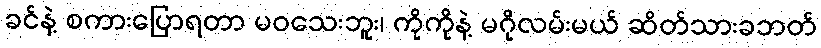
ခင်နဲ့ စကားပြောရတာ မဝသေးဘူး၊ ကိုကိုနဲ့ မဂိုလမ်းမယ် ဆိတ်သားခဘတ်